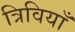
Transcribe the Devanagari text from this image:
त्रिवियाँ